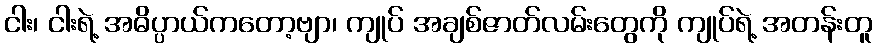
ငါး၊ ငါးရဲ့ အဓိပ္ပာယ်ကတော့ဗျာ၊ ကျုပ် အချစ်ဇာတ်လမ်းတွေကို ကျုပ်ရဲ့ အတန်းတူ